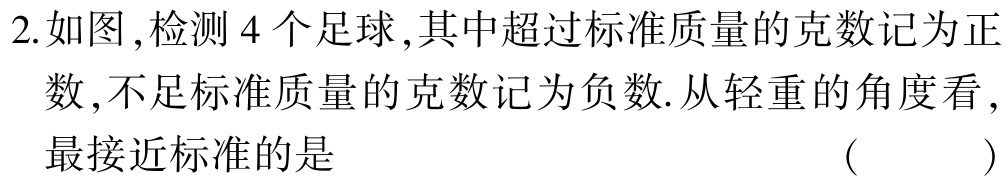
2.如图，检测4个足球，其中超过标准质量的克数记为正数，不足标准质量的克数记为负数.从轻重的角度看，最接近标准的是 （  ）